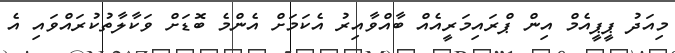
މިއަދު ޕީޕީއެމް އިން ޕްރައިމަރީއެއް ބާއްވާއިރު އެކަމަށް އެންމެ ބޮޑަށް ވަކާލާތުކުރައްވައި އެ